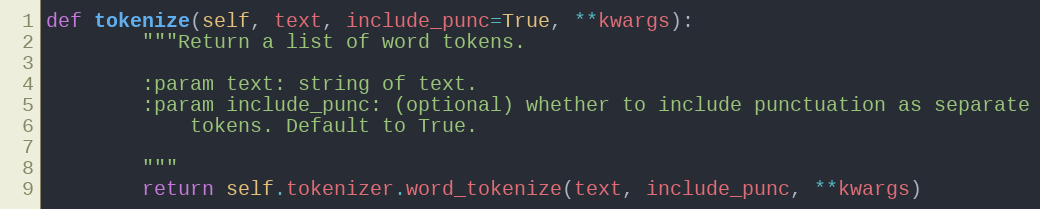
Language: Python
def tokenize(self, text, include_punc=True, **kwargs):
        """Return a list of word tokens.

        :param text: string of text.
        :param include_punc: (optional) whether to include punctuation as separate
            tokens. Default to True.

        """
        return self.tokenizer.word_tokenize(text, include_punc, **kwargs)